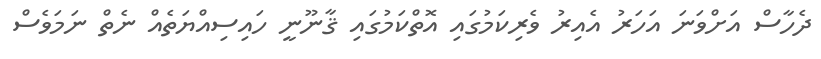
ދެހާސް އަށްވަނަ އަހަރު އެއިރު ވެރިކަމުގައި އޮތްކަމުގައި ޤާނޫނީ ހައިސިއްޔަތެއް ނެތް ނަމަވެސް